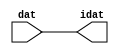

//------> /package/eda/mg/Catapult_10.3d/Mgc_home/pkgs/siflibs/ccs_in_v1.v 
//------------------------------------------------------------------------------
// Catapult Synthesis - Sample I/O Port Library
//
// Copyright (c) 2003-2017 Mentor Graphics Corp.
//       All Rights Reserved
//
// This document may be used and distributed without restriction provided that
// this copyright statement is not removed from the file and that any derivative
// work contains this copyright notice.
//
// The design information contained in this file is intended to be an example
// of the functionality which the end user may study in preparation for creating
// their own custom interfaces. This design does not necessarily present a 
// complete implementation of the named protocol or standard.
//
//------------------------------------------------------------------------------


module ccs_in_v1 (idat, dat);

  parameter integer rscid = 1;
  parameter integer width = 8;

  output [width-1:0] idat;
  input  [width-1:0] dat;

  wire   [width-1:0] idat;

  assign idat = dat;

endmodule


//------> /package/eda/mg/Catapult_10.3d/Mgc_home/pkgs/siflibs/ccs_out_v1.v 
//------------------------------------------------------------------------------
// Catapult Synthesis - Sample I/O Port Library
//
// Copyright (c) 2003-2015 Mentor Graphics Corp.
//       All Rights Reserved
//
// This document may be used and distributed without restriction provided that
// this copyright statement is not removed from the file and that any derivative
// work contains this copyright notice.
//
// The design information contained in this file is intended to be an example
// of the functionality which the end user may study in preparation for creating
// their own custom interfaces. This design does not necessarily present a 
// complete implementation of the named protocol or standard.
//
//------------------------------------------------------------------------------

module ccs_out_v1 (dat, idat);

  parameter integer rscid = 1;
  parameter integer width = 8;

  output   [width-1:0] dat;
  input    [width-1:0] idat;

  wire     [width-1:0] dat;

  assign dat = idat;

endmodule




//------> /package/eda/mg/Catapult_10.3d/Mgc_home/pkgs/siflibs/mgc_io_sync_v2.v 
//------------------------------------------------------------------------------
// Catapult Synthesis - Sample I/O Port Library
//
// Copyright (c) 2003-2017 Mentor Graphics Corp.
//       All Rights Reserved
//
// This document may be used and distributed without restriction provided that
// this copyright statement is not removed from the file and that any derivative
// work contains this copyright notice.
//
// The design information contained in this file is intended to be an example
// of the functionality which the end user may study in preparation for creating
// their own custom interfaces. This design does not necessarily present a 
// complete implementation of the named protocol or standard.
//
//------------------------------------------------------------------------------


module mgc_io_sync_v2 (ld, lz);
    parameter valid = 0;

    input  ld;
    output lz;

    wire   lz;

    assign lz = ld;

endmodule


//------> ./rtl.v 
// ----------------------------------------------------------------------
//  HLS HDL:        Verilog Netlister
//  HLS Version:    10.3d/815731 Production Release
//  HLS Date:       Wed Apr 24 14:54:19 PDT 2019
// 
//  Generated by:   695r48@cparch23.ecn.purdue.edu
//  Generated date: Tue Nov  9 16:03:19 2021
// ----------------------------------------------------------------------

// 
// ------------------------------------------------------------------
//  Design Unit:    fir_Altera_DIST_DIST_1R1W_RBW_rport_1_16_5_32_32_16_gen
// ------------------------------------------------------------------


module fir_Altera_DIST_DIST_1R1W_RBW_rport_1_16_5_32_32_16_gen (
  q, radr, radr_d, q_d, rport_r_ram_ir_internal_RMASK_B_d
);
  input [15:0] q;
  output [4:0] radr;
  input [4:0] radr_d;
  output [15:0] q_d;
  input rport_r_ram_ir_internal_RMASK_B_d;



  // Interconnect Declarations for Component Instantiations 
  assign q_d = q;
  assign radr = (radr_d);
endmodule

// ------------------------------------------------------------------
//  Design Unit:    fir_core_core_fsm
//  FSM Module
// ------------------------------------------------------------------


module fir_core_core_fsm (
  clk, rst, fsm_output
);
  input clk;
  input rst;
  output [37:0] fsm_output;
  reg [37:0] fsm_output;


  // FSM State Type Declaration for fir_core_core_fsm_1
  parameter
    core_rlp_C_0 = 6'd0,
    main_C_0 = 6'd1,
    main_C_1 = 6'd2,
    main_C_2 = 6'd3,
    main_C_3 = 6'd4,
    main_C_4 = 6'd5,
    main_C_5 = 6'd6,
    main_C_6 = 6'd7,
    main_C_7 = 6'd8,
    main_C_8 = 6'd9,
    main_C_9 = 6'd10,
    main_C_10 = 6'd11,
    main_C_11 = 6'd12,
    main_C_12 = 6'd13,
    main_C_13 = 6'd14,
    main_C_14 = 6'd15,
    main_C_15 = 6'd16,
    main_C_16 = 6'd17,
    main_C_17 = 6'd18,
    main_C_18 = 6'd19,
    main_C_19 = 6'd20,
    main_C_20 = 6'd21,
    main_C_21 = 6'd22,
    main_C_22 = 6'd23,
    main_C_23 = 6'd24,
    main_C_24 = 6'd25,
    main_C_25 = 6'd26,
    main_C_26 = 6'd27,
    main_C_27 = 6'd28,
    main_C_28 = 6'd29,
    main_C_29 = 6'd30,
    main_C_30 = 6'd31,
    main_C_31 = 6'd32,
    main_C_32 = 6'd33,
    main_C_33 = 6'd34,
    main_C_34 = 6'd35,
    main_C_35 = 6'd36,
    main_C_36 = 6'd37;

  reg [5:0] state_var;
  reg [5:0] state_var_NS;


  // Interconnect Declarations for Component Instantiations 
  always @(*)
  begin : fir_core_core_fsm_1
    case (state_var)
      main_C_0 : begin
        fsm_output = 38'b00000000000000000000000000000000000010;
        state_var_NS = main_C_1;
      end
      main_C_1 : begin
        fsm_output = 38'b00000000000000000000000000000000000100;
        state_var_NS = main_C_2;
      end
      main_C_2 : begin
        fsm_output = 38'b00000000000000000000000000000000001000;
        state_var_NS = main_C_3;
      end
      main_C_3 : begin
        fsm_output = 38'b00000000000000000000000000000000010000;
        state_var_NS = main_C_4;
      end
      main_C_4 : begin
        fsm_output = 38'b00000000000000000000000000000000100000;
        state_var_NS = main_C_5;
      end
      main_C_5 : begin
        fsm_output = 38'b00000000000000000000000000000001000000;
        state_var_NS = main_C_6;
      end
      main_C_6 : begin
        fsm_output = 38'b00000000000000000000000000000010000000;
        state_var_NS = main_C_7;
      end
      main_C_7 : begin
        fsm_output = 38'b00000000000000000000000000000100000000;
        state_var_NS = main_C_8;
      end
      main_C_8 : begin
        fsm_output = 38'b00000000000000000000000000001000000000;
        state_var_NS = main_C_9;
      end
      main_C_9 : begin
        fsm_output = 38'b00000000000000000000000000010000000000;
        state_var_NS = main_C_10;
      end
      main_C_10 : begin
        fsm_output = 38'b00000000000000000000000000100000000000;
        state_var_NS = main_C_11;
      end
      main_C_11 : begin
        fsm_output = 38'b00000000000000000000000001000000000000;
        state_var_NS = main_C_12;
      end
      main_C_12 : begin
        fsm_output = 38'b00000000000000000000000010000000000000;
        state_var_NS = main_C_13;
      end
      main_C_13 : begin
        fsm_output = 38'b00000000000000000000000100000000000000;
        state_var_NS = main_C_14;
      end
      main_C_14 : begin
        fsm_output = 38'b00000000000000000000001000000000000000;
        state_var_NS = main_C_15;
      end
      main_C_15 : begin
        fsm_output = 38'b00000000000000000000010000000000000000;
        state_var_NS = main_C_16;
      end
      main_C_16 : begin
        fsm_output = 38'b00000000000000000000100000000000000000;
        state_var_NS = main_C_17;
      end
      main_C_17 : begin
        fsm_output = 38'b00000000000000000001000000000000000000;
        state_var_NS = main_C_18;
      end
      main_C_18 : begin
        fsm_output = 38'b00000000000000000010000000000000000000;
        state_var_NS = main_C_19;
      end
      main_C_19 : begin
        fsm_output = 38'b00000000000000000100000000000000000000;
        state_var_NS = main_C_20;
      end
      main_C_20 : begin
        fsm_output = 38'b00000000000000001000000000000000000000;
        state_var_NS = main_C_21;
      end
      main_C_21 : begin
        fsm_output = 38'b00000000000000010000000000000000000000;
        state_var_NS = main_C_22;
      end
      main_C_22 : begin
        fsm_output = 38'b00000000000000100000000000000000000000;
        state_var_NS = main_C_23;
      end
      main_C_23 : begin
        fsm_output = 38'b00000000000001000000000000000000000000;
        state_var_NS = main_C_24;
      end
      main_C_24 : begin
        fsm_output = 38'b00000000000010000000000000000000000000;
        state_var_NS = main_C_25;
      end
      main_C_25 : begin
        fsm_output = 38'b00000000000100000000000000000000000000;
        state_var_NS = main_C_26;
      end
      main_C_26 : begin
        fsm_output = 38'b00000000001000000000000000000000000000;
        state_var_NS = main_C_27;
      end
      main_C_27 : begin
        fsm_output = 38'b00000000010000000000000000000000000000;
        state_var_NS = main_C_28;
      end
      main_C_28 : begin
        fsm_output = 38'b00000000100000000000000000000000000000;
        state_var_NS = main_C_29;
      end
      main_C_29 : begin
        fsm_output = 38'b00000001000000000000000000000000000000;
        state_var_NS = main_C_30;
      end
      main_C_30 : begin
        fsm_output = 38'b00000010000000000000000000000000000000;
        state_var_NS = main_C_31;
      end
      main_C_31 : begin
        fsm_output = 38'b00000100000000000000000000000000000000;
        state_var_NS = main_C_32;
      end
      main_C_32 : begin
        fsm_output = 38'b00001000000000000000000000000000000000;
        state_var_NS = main_C_33;
      end
      main_C_33 : begin
        fsm_output = 38'b00010000000000000000000000000000000000;
        state_var_NS = main_C_34;
      end
      main_C_34 : begin
        fsm_output = 38'b00100000000000000000000000000000000000;
        state_var_NS = main_C_35;
      end
      main_C_35 : begin
        fsm_output = 38'b01000000000000000000000000000000000000;
        state_var_NS = main_C_36;
      end
      main_C_36 : begin
        fsm_output = 38'b10000000000000000000000000000000000000;
        state_var_NS = main_C_0;
      end
      // core_rlp_C_0
      default : begin
        fsm_output = 38'b00000000000000000000000000000000000001;
        state_var_NS = main_C_0;
      end
    endcase
  end

  always @(posedge clk) begin
    if ( rst ) begin
      state_var <= core_rlp_C_0;
    end
    else begin
      state_var <= state_var_NS;
    end
  end

endmodule

// ------------------------------------------------------------------
//  Design Unit:    fir_core
// ------------------------------------------------------------------


module fir_core (
  clk, rst, coeffs_rsc_triosy_lz, in1_rsc_dat, in1_rsc_triosy_lz, out1_rsc_dat, out1_rsc_triosy_lz,
      coeffs_rsci_radr_d, coeffs_rsci_q_d, coeffs_rsci_rport_r_ram_ir_internal_RMASK_B_d
);
  input clk;
  input rst;
  output coeffs_rsc_triosy_lz;
  input [15:0] in1_rsc_dat;
  output in1_rsc_triosy_lz;
  output [15:0] out1_rsc_dat;
  output out1_rsc_triosy_lz;
  output [4:0] coeffs_rsci_radr_d;
  input [15:0] coeffs_rsci_q_d;
  output coeffs_rsci_rport_r_ram_ir_internal_RMASK_B_d;


  // Interconnect Declarations
  wire [15:0] in1_rsci_idat;
  reg [15:0] out1_rsci_idat;
  reg coeffs_rsc_triosy_obj_ld;
  reg in1_rsc_triosy_obj_ld;
  reg out1_rsc_triosy_obj_ld;
  wire [37:0] fsm_output;
  reg [15:0] reg_MAC_asn_89_cse;
  reg [15:0] reg_MAC_asn_88_cse;
  reg [15:0] reg_MAC_asn_87_cse;
  reg [15:0] reg_MAC_asn_86_cse;
  reg [15:0] reg_MAC_asn_85_cse;
  reg [15:0] reg_MAC_asn_84_cse;
  reg [15:0] reg_MAC_asn_83_cse;
  reg [15:0] reg_MAC_asn_82_cse;
  reg [15:0] reg_MAC_asn_81_cse;
  reg [15:0] reg_MAC_asn_80_cse;
  reg [15:0] reg_MAC_asn_79_cse;
  reg [15:0] reg_MAC_asn_78_cse;
  reg [15:0] reg_MAC_asn_77_cse;
  reg [15:0] reg_MAC_asn_76_cse;
  reg [15:0] reg_MAC_asn_75_cse;
  reg [15:0] reg_MAC_asn_74_cse;
  reg [15:0] reg_MAC_asn_73_cse;
  reg [15:0] reg_MAC_asn_72_cse;
  reg [15:0] reg_MAC_asn_71_cse;
  reg [15:0] reg_MAC_asn_70_cse;
  reg [15:0] reg_MAC_asn_69_cse;
  reg [15:0] reg_MAC_asn_68_cse;
  reg [15:0] reg_MAC_asn_67_cse;
  reg [15:0] reg_MAC_asn_66_cse;
  reg [15:0] reg_MAC_asn_65_cse;
  reg [15:0] reg_MAC_asn_64_cse;
  reg [15:0] reg_MAC_asn_63_cse;
  wire [29:0] z_out;
  wire [30:0] nl_z_out;
  reg [15:0] regs_3_sva;
  reg [15:0] regs_2_sva;
  reg [15:0] regs_0_sva;
  reg [15:0] asn_ncse_sva;
  reg [15:0] MAC_asn_62_itm;
  reg [29:0] MAC_10_mul_itm;
  reg [29:0] MAC_11_mul_itm;
  reg [29:0] MAC_acc_10_itm;
  reg [29:0] MAC_acc_22_itm;
  reg [29:0] MAC_acc_28_itm;
  reg [15:0] MAC_asn_90_itm;
  reg [29:0] MAC_acc_itm;
  wire [29:0] MAC_acc_28_itm_mx0w17;
  wire [30:0] nl_MAC_acc_28_itm_mx0w17;
  wire [29:0] MAC_acc_18_itm_mx0w0;
  wire [30:0] nl_MAC_acc_18_itm_mx0w0;
  wire [29:0] MAC_acc_23_mx0w1;
  wire [30:0] nl_MAC_acc_23_mx0w1;
  wire MAC_acc_10_itm_mx0c1;
  wire MAC_acc_22_itm_mx0c2;

  wire[29:0] MAC_32_acc_1_nl;
  wire[30:0] nl_MAC_32_acc_1_nl;
  wire[29:0] MAC_32_mul_nl;
  wire signed [31:0] nl_MAC_32_mul_nl;
  wire[29:0] MAC_30_mul_nl;
  wire signed [31:0] nl_MAC_30_mul_nl;
  wire[29:0] MAC_28_mul_nl;
  wire signed [31:0] nl_MAC_28_mul_nl;
  wire[29:0] MAC_26_mul_nl;
  wire signed [31:0] nl_MAC_26_mul_nl;
  wire[29:0] MAC_24_mul_nl;
  wire signed [31:0] nl_MAC_24_mul_nl;
  wire[29:0] MAC_22_mul_nl;
  wire signed [31:0] nl_MAC_22_mul_nl;
  wire[29:0] MAC_20_mul_nl;
  wire signed [31:0] nl_MAC_20_mul_nl;
  wire[29:0] MAC_18_mul_nl;
  wire signed [31:0] nl_MAC_18_mul_nl;
  wire[29:0] MAC_16_mul_nl;
  wire signed [31:0] nl_MAC_16_mul_nl;
  wire[29:0] MAC_14_mul_nl;
  wire signed [31:0] nl_MAC_14_mul_nl;
  wire[29:0] MAC_12_mul_nl;
  wire signed [31:0] nl_MAC_12_mul_nl;
  wire[29:0] MAC_10_mul_nl;
  wire signed [31:0] nl_MAC_10_mul_nl;
  wire[29:0] MAC_8_mul_nl;
  wire signed [31:0] nl_MAC_8_mul_nl;
  wire[29:0] MAC_6_mul_nl;
  wire signed [31:0] nl_MAC_6_mul_nl;
  wire[29:0] MAC_4_mul_nl;
  wire signed [31:0] nl_MAC_4_mul_nl;
  wire[29:0] MAC_2_mul_nl;
  wire signed [31:0] nl_MAC_2_mul_nl;
  wire[29:0] MAC_31_mul_nl;
  wire signed [31:0] nl_MAC_31_mul_nl;
  wire[29:0] MAC_29_mul_nl;
  wire signed [31:0] nl_MAC_29_mul_nl;
  wire[29:0] MAC_27_mul_nl;
  wire signed [31:0] nl_MAC_27_mul_nl;
  wire[29:0] MAC_25_mul_nl;
  wire signed [31:0] nl_MAC_25_mul_nl;
  wire[29:0] MAC_23_mul_nl;
  wire signed [31:0] nl_MAC_23_mul_nl;
  wire[29:0] MAC_21_mul_nl;
  wire signed [31:0] nl_MAC_21_mul_nl;
  wire[29:0] MAC_19_mul_nl;
  wire signed [31:0] nl_MAC_19_mul_nl;
  wire[29:0] MAC_17_mul_nl;
  wire signed [31:0] nl_MAC_17_mul_nl;
  wire[29:0] MAC_acc_27_nl;
  wire[30:0] nl_MAC_acc_27_nl;
  wire[29:0] MAC_acc_21_nl;
  wire[30:0] nl_MAC_acc_21_nl;
  wire[29:0] MAC_15_mul_nl;
  wire signed [31:0] nl_MAC_15_mul_nl;
  wire[29:0] MAC_13_mul_nl;
  wire signed [31:0] nl_MAC_13_mul_nl;
  wire[29:0] MAC_11_mul_nl;
  wire signed [31:0] nl_MAC_11_mul_nl;
  wire[29:0] MAC_9_mul_nl;
  wire signed [31:0] nl_MAC_9_mul_nl;
  wire[29:0] MAC_7_mul_nl;
  wire signed [31:0] nl_MAC_7_mul_nl;
  wire[29:0] MAC_5_mul_nl;
  wire signed [31:0] nl_MAC_5_mul_nl;
  wire[29:0] MAC_3_mul_nl;
  wire signed [31:0] nl_MAC_3_mul_nl;
  wire[29:0] MAC_1_mul_nl;
  wire signed [31:0] nl_MAC_1_mul_nl;
  wire[29:0] MAC_acc_30_nl;
  wire[30:0] nl_MAC_acc_30_nl;
  wire[4:0] and_nl;
  wire[4:0] mux1h_nl;
  wire[0:0] coeffs_nor_nl;
  wire[29:0] MAC_mux_3_nl;
  wire[29:0] MAC_mux_4_nl;
  wire[0:0] MAC_or_9_nl;

  // Interconnect Declarations for Component Instantiations 
  ccs_in_v1 #(.rscid(32'sd2),
  .width(32'sd16)) in1_rsci (
      .dat(in1_rsc_dat),
      .idat(in1_rsci_idat)
    );
  ccs_out_v1 #(.rscid(32'sd3),
  .width(32'sd16)) out1_rsci (
      .idat(out1_rsci_idat),
      .dat(out1_rsc_dat)
    );
  mgc_io_sync_v2 #(.valid(32'sd0)) coeffs_rsc_triosy_obj (
      .ld(coeffs_rsc_triosy_obj_ld),
      .lz(coeffs_rsc_triosy_lz)
    );
  mgc_io_sync_v2 #(.valid(32'sd0)) in1_rsc_triosy_obj (
      .ld(in1_rsc_triosy_obj_ld),
      .lz(in1_rsc_triosy_lz)
    );
  mgc_io_sync_v2 #(.valid(32'sd0)) out1_rsc_triosy_obj (
      .ld(out1_rsc_triosy_obj_ld),
      .lz(out1_rsc_triosy_lz)
    );
  fir_core_core_fsm fir_core_core_fsm_inst (
      .clk(clk),
      .rst(rst),
      .fsm_output(fsm_output)
    );
  assign nl_MAC_acc_28_itm_mx0w17 = MAC_acc_23_mx0w1 + MAC_acc_22_itm;
  assign MAC_acc_28_itm_mx0w17 = nl_MAC_acc_28_itm_mx0w17[29:0];
  assign nl_MAC_acc_18_itm_mx0w0 = MAC_11_mul_itm + MAC_10_mul_itm;
  assign MAC_acc_18_itm_mx0w0 = nl_MAC_acc_18_itm_mx0w0[29:0];
  assign nl_MAC_acc_23_mx0w1 = MAC_acc_18_itm_mx0w0 + MAC_acc_10_itm;
  assign MAC_acc_23_mx0w1 = nl_MAC_acc_23_mx0w1[29:0];
  assign MAC_acc_10_itm_mx0c1 = (fsm_output[14]) | (fsm_output[6]);
  assign MAC_acc_22_itm_mx0c2 = (fsm_output[30]) | (fsm_output[22]);
  assign mux1h_nl = MUX1HOT_v_5_30_2(5'b11110, 5'b11101, 5'b11100, 5'b11011, 5'b11010,
      5'b11001, 5'b11000, 5'b10111, 5'b10110, 5'b10101, 5'b10100, 5'b10011, 5'b10010,
      5'b10001, 5'b10000, 5'b01111, 5'b01110, 5'b01101, 5'b01100, 5'b01011, 5'b01010,
      5'b01001, 5'b01000, 5'b00111, 5'b00110, 5'b00101, 5'b00100, 5'b00011, 5'b00010,
      5'b00001, {(fsm_output[2]) , (fsm_output[3]) , (fsm_output[4]) , (fsm_output[5])
      , (fsm_output[6]) , (fsm_output[7]) , (fsm_output[8]) , (fsm_output[9]) , (fsm_output[10])
      , (fsm_output[11]) , (fsm_output[12]) , (fsm_output[13]) , (fsm_output[14])
      , (fsm_output[15]) , (fsm_output[16]) , (fsm_output[17]) , (fsm_output[18])
      , (fsm_output[19]) , (fsm_output[20]) , (fsm_output[21]) , (fsm_output[22])
      , (fsm_output[23]) , (fsm_output[24]) , (fsm_output[25]) , (fsm_output[26])
      , (fsm_output[27]) , (fsm_output[28]) , (fsm_output[29]) , (fsm_output[30])
      , (fsm_output[31])});
  assign coeffs_nor_nl = ~((fsm_output[36]) | (fsm_output[0]) | (fsm_output[33])
      | (fsm_output[34]) | (fsm_output[35]) | (fsm_output[37]) | (fsm_output[32]));
  assign and_nl = MUX_v_5_2_2(5'b00000, (mux1h_nl), (coeffs_nor_nl));
  assign coeffs_rsci_radr_d = MUX_v_5_2_2((and_nl), 5'b11111, (fsm_output[1]));
  assign coeffs_rsci_rport_r_ram_ir_internal_RMASK_B_d = ~((fsm_output[36]) | (fsm_output[0])
      | (fsm_output[33]) | (fsm_output[34]) | (fsm_output[35]) | (fsm_output[37]));
  always @(posedge clk) begin
    if ( rst ) begin
      out1_rsc_triosy_obj_ld <= 1'b0;
      in1_rsc_triosy_obj_ld <= 1'b0;
      coeffs_rsc_triosy_obj_ld <= 1'b0;
      MAC_11_mul_itm <= 30'b000000000000000000000000000000;
    end
    else begin
      out1_rsc_triosy_obj_ld <= fsm_output[35];
      in1_rsc_triosy_obj_ld <= fsm_output[1];
      coeffs_rsc_triosy_obj_ld <= fsm_output[32];
      MAC_11_mul_itm <= MUX1HOT_v_30_18_2((MAC_31_mul_nl), (MAC_29_mul_nl), (MAC_27_mul_nl),
          (MAC_25_mul_nl), (MAC_23_mul_nl), (MAC_21_mul_nl), (MAC_19_mul_nl), (MAC_17_mul_nl),
          (MAC_acc_27_nl), (MAC_15_mul_nl), (MAC_13_mul_nl), (MAC_11_mul_nl), (MAC_9_mul_nl),
          (MAC_7_mul_nl), (MAC_5_mul_nl), (MAC_3_mul_nl), (MAC_1_mul_nl), MAC_acc_28_itm_mx0w17,
          {(fsm_output[3]) , (fsm_output[5]) , (fsm_output[7]) , (fsm_output[9])
          , (fsm_output[11]) , (fsm_output[13]) , (fsm_output[15]) , (fsm_output[17])
          , (fsm_output[18]) , (fsm_output[19]) , (fsm_output[21]) , (fsm_output[23])
          , (fsm_output[25]) , (fsm_output[27]) , (fsm_output[29]) , (fsm_output[31])
          , (fsm_output[33]) , (fsm_output[34])});
    end
  end
  always @(posedge clk) begin
    if ( rst ) begin
      out1_rsci_idat <= 16'b0000000000000000;
    end
    else if ( fsm_output[35] ) begin
      out1_rsci_idat <= readslicef_30_16_14((MAC_32_acc_1_nl));
    end
  end
  always @(posedge clk) begin
    if ( rst ) begin
      regs_0_sva <= 16'b0000000000000000;
    end
    else if ( fsm_output[33] ) begin
      regs_0_sva <= asn_ncse_sva;
    end
  end
  always @(posedge clk) begin
    if ( rst ) begin
      regs_2_sva <= 16'b0000000000000000;
    end
    else if ( fsm_output[37] ) begin
      regs_2_sva <= MAC_asn_62_itm;
    end
  end
  always @(posedge clk) begin
    if ( rst ) begin
      MAC_asn_62_itm <= 16'b0000000000000000;
    end
    else if ( (fsm_output[37]) | (fsm_output[32]) ) begin
      MAC_asn_62_itm <= MUX_v_16_2_2(regs_0_sva, regs_2_sva, fsm_output[37]);
    end
  end
  always @(posedge clk) begin
    if ( rst ) begin
      reg_MAC_asn_63_cse <= 16'b0000000000000000;
    end
    else if ( fsm_output[37] ) begin
      reg_MAC_asn_63_cse <= regs_3_sva;
    end
  end
  always @(posedge clk) begin
    if ( rst ) begin
      reg_MAC_asn_64_cse <= 16'b0000000000000000;
    end
    else if ( fsm_output[37] ) begin
      reg_MAC_asn_64_cse <= reg_MAC_asn_63_cse;
    end
  end
  always @(posedge clk) begin
    if ( rst ) begin
      reg_MAC_asn_65_cse <= 16'b0000000000000000;
    end
    else if ( fsm_output[37] ) begin
      reg_MAC_asn_65_cse <= reg_MAC_asn_64_cse;
    end
  end
  always @(posedge clk) begin
    if ( rst ) begin
      reg_MAC_asn_66_cse <= 16'b0000000000000000;
    end
    else if ( fsm_output[37] ) begin
      reg_MAC_asn_66_cse <= reg_MAC_asn_65_cse;
    end
  end
  always @(posedge clk) begin
    if ( rst ) begin
      reg_MAC_asn_67_cse <= 16'b0000000000000000;
    end
    else if ( fsm_output[37] ) begin
      reg_MAC_asn_67_cse <= reg_MAC_asn_66_cse;
    end
  end
  always @(posedge clk) begin
    if ( rst ) begin
      reg_MAC_asn_68_cse <= 16'b0000000000000000;
    end
    else if ( fsm_output[37] ) begin
      reg_MAC_asn_68_cse <= reg_MAC_asn_67_cse;
    end
  end
  always @(posedge clk) begin
    if ( rst ) begin
      reg_MAC_asn_69_cse <= 16'b0000000000000000;
    end
    else if ( fsm_output[37] ) begin
      reg_MAC_asn_69_cse <= reg_MAC_asn_68_cse;
    end
  end
  always @(posedge clk) begin
    if ( rst ) begin
      reg_MAC_asn_70_cse <= 16'b0000000000000000;
    end
    else if ( fsm_output[37] ) begin
      reg_MAC_asn_70_cse <= reg_MAC_asn_69_cse;
    end
  end
  always @(posedge clk) begin
    if ( rst ) begin
      reg_MAC_asn_71_cse <= 16'b0000000000000000;
    end
    else if ( fsm_output[37] ) begin
      reg_MAC_asn_71_cse <= reg_MAC_asn_70_cse;
    end
  end
  always @(posedge clk) begin
    if ( rst ) begin
      reg_MAC_asn_72_cse <= 16'b0000000000000000;
    end
    else if ( fsm_output[37] ) begin
      reg_MAC_asn_72_cse <= reg_MAC_asn_71_cse;
    end
  end
  always @(posedge clk) begin
    if ( rst ) begin
      reg_MAC_asn_73_cse <= 16'b0000000000000000;
    end
    else if ( fsm_output[37] ) begin
      reg_MAC_asn_73_cse <= reg_MAC_asn_72_cse;
    end
  end
  always @(posedge clk) begin
    if ( rst ) begin
      reg_MAC_asn_74_cse <= 16'b0000000000000000;
    end
    else if ( fsm_output[37] ) begin
      reg_MAC_asn_74_cse <= reg_MAC_asn_73_cse;
    end
  end
  always @(posedge clk) begin
    if ( rst ) begin
      reg_MAC_asn_75_cse <= 16'b0000000000000000;
    end
    else if ( fsm_output[37] ) begin
      reg_MAC_asn_75_cse <= reg_MAC_asn_74_cse;
    end
  end
  always @(posedge clk) begin
    if ( rst ) begin
      reg_MAC_asn_76_cse <= 16'b0000000000000000;
    end
    else if ( fsm_output[37] ) begin
      reg_MAC_asn_76_cse <= reg_MAC_asn_75_cse;
    end
  end
  always @(posedge clk) begin
    if ( rst ) begin
      reg_MAC_asn_77_cse <= 16'b0000000000000000;
    end
    else if ( fsm_output[37] ) begin
      reg_MAC_asn_77_cse <= reg_MAC_asn_76_cse;
    end
  end
  always @(posedge clk) begin
    if ( rst ) begin
      reg_MAC_asn_78_cse <= 16'b0000000000000000;
    end
    else if ( fsm_output[37] ) begin
      reg_MAC_asn_78_cse <= reg_MAC_asn_77_cse;
    end
  end
  always @(posedge clk) begin
    if ( rst ) begin
      reg_MAC_asn_79_cse <= 16'b0000000000000000;
    end
    else if ( fsm_output[37] ) begin
      reg_MAC_asn_79_cse <= reg_MAC_asn_78_cse;
    end
  end
  always @(posedge clk) begin
    if ( rst ) begin
      reg_MAC_asn_80_cse <= 16'b0000000000000000;
    end
    else if ( fsm_output[37] ) begin
      reg_MAC_asn_80_cse <= reg_MAC_asn_79_cse;
    end
  end
  always @(posedge clk) begin
    if ( rst ) begin
      reg_MAC_asn_81_cse <= 16'b0000000000000000;
    end
    else if ( fsm_output[37] ) begin
      reg_MAC_asn_81_cse <= reg_MAC_asn_80_cse;
    end
  end
  always @(posedge clk) begin
    if ( rst ) begin
      reg_MAC_asn_82_cse <= 16'b0000000000000000;
    end
    else if ( fsm_output[37] ) begin
      reg_MAC_asn_82_cse <= reg_MAC_asn_81_cse;
    end
  end
  always @(posedge clk) begin
    if ( rst ) begin
      reg_MAC_asn_83_cse <= 16'b0000000000000000;
    end
    else if ( fsm_output[37] ) begin
      reg_MAC_asn_83_cse <= reg_MAC_asn_82_cse;
    end
  end
  always @(posedge clk) begin
    if ( rst ) begin
      reg_MAC_asn_84_cse <= 16'b0000000000000000;
    end
    else if ( fsm_output[37] ) begin
      reg_MAC_asn_84_cse <= reg_MAC_asn_83_cse;
    end
  end
  always @(posedge clk) begin
    if ( rst ) begin
      reg_MAC_asn_85_cse <= 16'b0000000000000000;
    end
    else if ( fsm_output[37] ) begin
      reg_MAC_asn_85_cse <= reg_MAC_asn_84_cse;
    end
  end
  always @(posedge clk) begin
    if ( rst ) begin
      reg_MAC_asn_86_cse <= 16'b0000000000000000;
    end
    else if ( fsm_output[37] ) begin
      reg_MAC_asn_86_cse <= reg_MAC_asn_85_cse;
    end
  end
  always @(posedge clk) begin
    if ( rst ) begin
      reg_MAC_asn_87_cse <= 16'b0000000000000000;
    end
    else if ( fsm_output[37] ) begin
      reg_MAC_asn_87_cse <= reg_MAC_asn_86_cse;
    end
  end
  always @(posedge clk) begin
    if ( rst ) begin
      reg_MAC_asn_88_cse <= 16'b0000000000000000;
    end
    else if ( fsm_output[37] ) begin
      reg_MAC_asn_88_cse <= reg_MAC_asn_87_cse;
    end
  end
  always @(posedge clk) begin
    if ( rst ) begin
      reg_MAC_asn_89_cse <= 16'b0000000000000000;
    end
    else if ( fsm_output[37] ) begin
      reg_MAC_asn_89_cse <= reg_MAC_asn_88_cse;
    end
  end
  always @(posedge clk) begin
    if ( rst ) begin
      MAC_asn_90_itm <= 16'b0000000000000000;
    end
    else if ( fsm_output[37] ) begin
      MAC_asn_90_itm <= reg_MAC_asn_89_cse;
    end
  end
  always @(posedge clk) begin
    if ( rst ) begin
      regs_3_sva <= 16'b0000000000000000;
    end
    else if ( fsm_output[37] ) begin
      regs_3_sva <= regs_2_sva;
    end
  end
  always @(posedge clk) begin
    if ( rst ) begin
      asn_ncse_sva <= 16'b0000000000000000;
    end
    else if ( fsm_output[1] ) begin
      asn_ncse_sva <= in1_rsci_idat;
    end
  end
  always @(posedge clk) begin
    if ( rst ) begin
      MAC_10_mul_itm <= 30'b000000000000000000000000000000;
    end
    else if ( (fsm_output[18]) | (fsm_output[30]) | (fsm_output[26]) | (fsm_output[2])
        | (fsm_output[4]) | (fsm_output[10]) | (fsm_output[16]) | (fsm_output[14])
        | (fsm_output[6]) | (fsm_output[8]) | (fsm_output[12]) | (fsm_output[20])
        | (fsm_output[22]) | (fsm_output[24]) | (fsm_output[28]) | (fsm_output[32])
        ) begin
      MAC_10_mul_itm <= MUX1HOT_v_30_16_2((MAC_32_mul_nl), (MAC_30_mul_nl), (MAC_28_mul_nl),
          (MAC_26_mul_nl), (MAC_24_mul_nl), (MAC_22_mul_nl), (MAC_20_mul_nl), (MAC_18_mul_nl),
          (MAC_16_mul_nl), (MAC_14_mul_nl), (MAC_12_mul_nl), (MAC_10_mul_nl), (MAC_8_mul_nl),
          (MAC_6_mul_nl), (MAC_4_mul_nl), (MAC_2_mul_nl), {(fsm_output[2]) , (fsm_output[4])
          , (fsm_output[6]) , (fsm_output[8]) , (fsm_output[10]) , (fsm_output[12])
          , (fsm_output[14]) , (fsm_output[16]) , (fsm_output[18]) , (fsm_output[20])
          , (fsm_output[22]) , (fsm_output[24]) , (fsm_output[26]) , (fsm_output[28])
          , (fsm_output[30]) , (fsm_output[32])});
    end
  end
  always @(posedge clk) begin
    if ( rst ) begin
      MAC_acc_10_itm <= 30'b000000000000000000000000000000;
    end
    else if ( (fsm_output[28]) | (fsm_output[24]) | (fsm_output[20]) | (fsm_output[12])
        | (fsm_output[4]) | (fsm_output[32]) | MAC_acc_10_itm_mx0c1 ) begin
      MAC_acc_10_itm <= MUX_v_30_2_2(MAC_acc_18_itm_mx0w0, MAC_acc_23_mx0w1, MAC_acc_10_itm_mx0c1);
    end
  end
  always @(posedge clk) begin
    if ( rst ) begin
      MAC_acc_22_itm <= 30'b000000000000000000000000000000;
    end
    else if ( (fsm_output[8]) | (fsm_output[10]) | MAC_acc_22_itm_mx0c2 ) begin
      MAC_acc_22_itm <= MUX1HOT_v_30_3_2(MAC_acc_18_itm_mx0w0, (MAC_acc_30_nl), MAC_acc_23_mx0w1,
          {(fsm_output[8]) , (fsm_output[10]) , MAC_acc_22_itm_mx0c2});
    end
  end
  always @(posedge clk) begin
    if ( rst ) begin
      MAC_acc_28_itm <= 30'b000000000000000000000000000000;
    end
    else if ( (fsm_output[26]) | (fsm_output[16]) ) begin
      MAC_acc_28_itm <= MUX_v_30_2_2(MAC_acc_18_itm_mx0w0, MAC_acc_28_itm_mx0w17,
          fsm_output[26]);
    end
  end
  always @(posedge clk) begin
    if ( rst ) begin
      MAC_acc_itm <= 30'b000000000000000000000000000000;
    end
    else if ( fsm_output[19] ) begin
      MAC_acc_itm <= z_out;
    end
  end
  assign nl_MAC_31_mul_nl = $signed(reg_MAC_asn_89_cse) * $signed((coeffs_rsci_q_d));
  assign MAC_31_mul_nl = nl_MAC_31_mul_nl[29:0];
  assign nl_MAC_29_mul_nl = $signed(reg_MAC_asn_87_cse) * $signed((coeffs_rsci_q_d));
  assign MAC_29_mul_nl = nl_MAC_29_mul_nl[29:0];
  assign nl_MAC_27_mul_nl = $signed(reg_MAC_asn_85_cse) * $signed((coeffs_rsci_q_d));
  assign MAC_27_mul_nl = nl_MAC_27_mul_nl[29:0];
  assign nl_MAC_25_mul_nl = $signed(reg_MAC_asn_83_cse) * $signed((coeffs_rsci_q_d));
  assign MAC_25_mul_nl = nl_MAC_25_mul_nl[29:0];
  assign nl_MAC_23_mul_nl = $signed(reg_MAC_asn_81_cse) * $signed((coeffs_rsci_q_d));
  assign MAC_23_mul_nl = nl_MAC_23_mul_nl[29:0];
  assign nl_MAC_21_mul_nl = $signed(reg_MAC_asn_79_cse) * $signed((coeffs_rsci_q_d));
  assign MAC_21_mul_nl = nl_MAC_21_mul_nl[29:0];
  assign nl_MAC_19_mul_nl = $signed(reg_MAC_asn_77_cse) * $signed((coeffs_rsci_q_d));
  assign MAC_19_mul_nl = nl_MAC_19_mul_nl[29:0];
  assign nl_MAC_17_mul_nl = $signed(reg_MAC_asn_75_cse) * $signed((coeffs_rsci_q_d));
  assign MAC_17_mul_nl = nl_MAC_17_mul_nl[29:0];
  assign nl_MAC_acc_21_nl = MAC_acc_18_itm_mx0w0 + MAC_acc_28_itm;
  assign MAC_acc_21_nl = nl_MAC_acc_21_nl[29:0];
  assign nl_MAC_acc_27_nl = (MAC_acc_21_nl) + MAC_acc_10_itm;
  assign MAC_acc_27_nl = nl_MAC_acc_27_nl[29:0];
  assign nl_MAC_15_mul_nl = $signed(reg_MAC_asn_73_cse) * $signed((coeffs_rsci_q_d));
  assign MAC_15_mul_nl = nl_MAC_15_mul_nl[29:0];
  assign nl_MAC_13_mul_nl = $signed(reg_MAC_asn_71_cse) * $signed((coeffs_rsci_q_d));
  assign MAC_13_mul_nl = nl_MAC_13_mul_nl[29:0];
  assign nl_MAC_11_mul_nl = $signed(reg_MAC_asn_69_cse) * $signed((coeffs_rsci_q_d));
  assign MAC_11_mul_nl = nl_MAC_11_mul_nl[29:0];
  assign nl_MAC_9_mul_nl = $signed(reg_MAC_asn_67_cse) * $signed((coeffs_rsci_q_d));
  assign MAC_9_mul_nl = nl_MAC_9_mul_nl[29:0];
  assign nl_MAC_7_mul_nl = $signed(reg_MAC_asn_65_cse) * $signed((coeffs_rsci_q_d));
  assign MAC_7_mul_nl = nl_MAC_7_mul_nl[29:0];
  assign nl_MAC_5_mul_nl = $signed(reg_MAC_asn_63_cse) * $signed((coeffs_rsci_q_d));
  assign MAC_5_mul_nl = nl_MAC_5_mul_nl[29:0];
  assign nl_MAC_3_mul_nl = $signed(regs_2_sva) * $signed((coeffs_rsci_q_d));
  assign MAC_3_mul_nl = nl_MAC_3_mul_nl[29:0];
  assign nl_MAC_1_mul_nl = $signed(asn_ncse_sva) * $signed((coeffs_rsci_q_d));
  assign MAC_1_mul_nl = nl_MAC_1_mul_nl[29:0];
  assign nl_MAC_32_acc_1_nl = z_out + MAC_acc_itm;
  assign MAC_32_acc_1_nl = nl_MAC_32_acc_1_nl[29:0];
  assign nl_MAC_32_mul_nl = $signed(MAC_asn_90_itm) * $signed((coeffs_rsci_q_d));
  assign MAC_32_mul_nl = nl_MAC_32_mul_nl[29:0];
  assign nl_MAC_30_mul_nl = $signed(reg_MAC_asn_88_cse) * $signed((coeffs_rsci_q_d));
  assign MAC_30_mul_nl = nl_MAC_30_mul_nl[29:0];
  assign nl_MAC_28_mul_nl = $signed(reg_MAC_asn_86_cse) * $signed((coeffs_rsci_q_d));
  assign MAC_28_mul_nl = nl_MAC_28_mul_nl[29:0];
  assign nl_MAC_26_mul_nl = $signed(reg_MAC_asn_84_cse) * $signed((coeffs_rsci_q_d));
  assign MAC_26_mul_nl = nl_MAC_26_mul_nl[29:0];
  assign nl_MAC_24_mul_nl = $signed(reg_MAC_asn_82_cse) * $signed((coeffs_rsci_q_d));
  assign MAC_24_mul_nl = nl_MAC_24_mul_nl[29:0];
  assign nl_MAC_22_mul_nl = $signed(reg_MAC_asn_80_cse) * $signed((coeffs_rsci_q_d));
  assign MAC_22_mul_nl = nl_MAC_22_mul_nl[29:0];
  assign nl_MAC_20_mul_nl = $signed(reg_MAC_asn_78_cse) * $signed((coeffs_rsci_q_d));
  assign MAC_20_mul_nl = nl_MAC_20_mul_nl[29:0];
  assign nl_MAC_18_mul_nl = $signed(reg_MAC_asn_76_cse) * $signed((coeffs_rsci_q_d));
  assign MAC_18_mul_nl = nl_MAC_18_mul_nl[29:0];
  assign nl_MAC_16_mul_nl = $signed(reg_MAC_asn_74_cse) * $signed((coeffs_rsci_q_d));
  assign MAC_16_mul_nl = nl_MAC_16_mul_nl[29:0];
  assign nl_MAC_14_mul_nl = $signed(reg_MAC_asn_72_cse) * $signed((coeffs_rsci_q_d));
  assign MAC_14_mul_nl = nl_MAC_14_mul_nl[29:0];
  assign nl_MAC_12_mul_nl = $signed(reg_MAC_asn_70_cse) * $signed((coeffs_rsci_q_d));
  assign MAC_12_mul_nl = nl_MAC_12_mul_nl[29:0];
  assign nl_MAC_10_mul_nl = $signed(reg_MAC_asn_68_cse) * $signed((coeffs_rsci_q_d));
  assign MAC_10_mul_nl = nl_MAC_10_mul_nl[29:0];
  assign nl_MAC_8_mul_nl = $signed(reg_MAC_asn_66_cse) * $signed((coeffs_rsci_q_d));
  assign MAC_8_mul_nl = nl_MAC_8_mul_nl[29:0];
  assign nl_MAC_6_mul_nl = $signed(reg_MAC_asn_64_cse) * $signed((coeffs_rsci_q_d));
  assign MAC_6_mul_nl = nl_MAC_6_mul_nl[29:0];
  assign nl_MAC_4_mul_nl = $signed(MAC_asn_62_itm) * $signed((coeffs_rsci_q_d));
  assign MAC_4_mul_nl = nl_MAC_4_mul_nl[29:0];
  assign nl_MAC_2_mul_nl = $signed(regs_0_sva) * $signed((coeffs_rsci_q_d));
  assign MAC_2_mul_nl = nl_MAC_2_mul_nl[29:0];
  assign nl_MAC_acc_30_nl = z_out + MAC_acc_10_itm;
  assign MAC_acc_30_nl = nl_MAC_acc_30_nl[29:0];
  assign MAC_mux_3_nl = MUX_v_30_2_2(MAC_11_mul_itm, MAC_acc_18_itm_mx0w0, fsm_output[10]);
  assign MAC_or_9_nl = (fsm_output[10]) | (fsm_output[19]);
  assign MAC_mux_4_nl = MUX_v_30_2_2(MAC_acc_28_itm, MAC_acc_22_itm, MAC_or_9_nl);
  assign nl_z_out = (MAC_mux_3_nl) + (MAC_mux_4_nl);
  assign z_out = nl_z_out[29:0];

  function automatic [29:0] MUX1HOT_v_30_16_2;
    input [29:0] input_15;
    input [29:0] input_14;
    input [29:0] input_13;
    input [29:0] input_12;
    input [29:0] input_11;
    input [29:0] input_10;
    input [29:0] input_9;
    input [29:0] input_8;
    input [29:0] input_7;
    input [29:0] input_6;
    input [29:0] input_5;
    input [29:0] input_4;
    input [29:0] input_3;
    input [29:0] input_2;
    input [29:0] input_1;
    input [29:0] input_0;
    input [15:0] sel;
    reg [29:0] result;
  begin
    result = input_0 & {30{sel[0]}};
    result = result | ( input_1 & {30{sel[1]}});
    result = result | ( input_2 & {30{sel[2]}});
    result = result | ( input_3 & {30{sel[3]}});
    result = result | ( input_4 & {30{sel[4]}});
    result = result | ( input_5 & {30{sel[5]}});
    result = result | ( input_6 & {30{sel[6]}});
    result = result | ( input_7 & {30{sel[7]}});
    result = result | ( input_8 & {30{sel[8]}});
    result = result | ( input_9 & {30{sel[9]}});
    result = result | ( input_10 & {30{sel[10]}});
    result = result | ( input_11 & {30{sel[11]}});
    result = result | ( input_12 & {30{sel[12]}});
    result = result | ( input_13 & {30{sel[13]}});
    result = result | ( input_14 & {30{sel[14]}});
    result = result | ( input_15 & {30{sel[15]}});
    MUX1HOT_v_30_16_2 = result;
  end
  endfunction


  function automatic [29:0] MUX1HOT_v_30_18_2;
    input [29:0] input_17;
    input [29:0] input_16;
    input [29:0] input_15;
    input [29:0] input_14;
    input [29:0] input_13;
    input [29:0] input_12;
    input [29:0] input_11;
    input [29:0] input_10;
    input [29:0] input_9;
    input [29:0] input_8;
    input [29:0] input_7;
    input [29:0] input_6;
    input [29:0] input_5;
    input [29:0] input_4;
    input [29:0] input_3;
    input [29:0] input_2;
    input [29:0] input_1;
    input [29:0] input_0;
    input [17:0] sel;
    reg [29:0] result;
  begin
    result = input_0 & {30{sel[0]}};
    result = result | ( input_1 & {30{sel[1]}});
    result = result | ( input_2 & {30{sel[2]}});
    result = result | ( input_3 & {30{sel[3]}});
    result = result | ( input_4 & {30{sel[4]}});
    result = result | ( input_5 & {30{sel[5]}});
    result = result | ( input_6 & {30{sel[6]}});
    result = result | ( input_7 & {30{sel[7]}});
    result = result | ( input_8 & {30{sel[8]}});
    result = result | ( input_9 & {30{sel[9]}});
    result = result | ( input_10 & {30{sel[10]}});
    result = result | ( input_11 & {30{sel[11]}});
    result = result | ( input_12 & {30{sel[12]}});
    result = result | ( input_13 & {30{sel[13]}});
    result = result | ( input_14 & {30{sel[14]}});
    result = result | ( input_15 & {30{sel[15]}});
    result = result | ( input_16 & {30{sel[16]}});
    result = result | ( input_17 & {30{sel[17]}});
    MUX1HOT_v_30_18_2 = result;
  end
  endfunction


  function automatic [29:0] MUX1HOT_v_30_3_2;
    input [29:0] input_2;
    input [29:0] input_1;
    input [29:0] input_0;
    input [2:0] sel;
    reg [29:0] result;
  begin
    result = input_0 & {30{sel[0]}};
    result = result | ( input_1 & {30{sel[1]}});
    result = result | ( input_2 & {30{sel[2]}});
    MUX1HOT_v_30_3_2 = result;
  end
  endfunction


  function automatic [4:0] MUX1HOT_v_5_30_2;
    input [4:0] input_29;
    input [4:0] input_28;
    input [4:0] input_27;
    input [4:0] input_26;
    input [4:0] input_25;
    input [4:0] input_24;
    input [4:0] input_23;
    input [4:0] input_22;
    input [4:0] input_21;
    input [4:0] input_20;
    input [4:0] input_19;
    input [4:0] input_18;
    input [4:0] input_17;
    input [4:0] input_16;
    input [4:0] input_15;
    input [4:0] input_14;
    input [4:0] input_13;
    input [4:0] input_12;
    input [4:0] input_11;
    input [4:0] input_10;
    input [4:0] input_9;
    input [4:0] input_8;
    input [4:0] input_7;
    input [4:0] input_6;
    input [4:0] input_5;
    input [4:0] input_4;
    input [4:0] input_3;
    input [4:0] input_2;
    input [4:0] input_1;
    input [4:0] input_0;
    input [29:0] sel;
    reg [4:0] result;
  begin
    result = input_0 & {5{sel[0]}};
    result = result | ( input_1 & {5{sel[1]}});
    result = result | ( input_2 & {5{sel[2]}});
    result = result | ( input_3 & {5{sel[3]}});
    result = result | ( input_4 & {5{sel[4]}});
    result = result | ( input_5 & {5{sel[5]}});
    result = result | ( input_6 & {5{sel[6]}});
    result = result | ( input_7 & {5{sel[7]}});
    result = result | ( input_8 & {5{sel[8]}});
    result = result | ( input_9 & {5{sel[9]}});
    result = result | ( input_10 & {5{sel[10]}});
    result = result | ( input_11 & {5{sel[11]}});
    result = result | ( input_12 & {5{sel[12]}});
    result = result | ( input_13 & {5{sel[13]}});
    result = result | ( input_14 & {5{sel[14]}});
    result = result | ( input_15 & {5{sel[15]}});
    result = result | ( input_16 & {5{sel[16]}});
    result = result | ( input_17 & {5{sel[17]}});
    result = result | ( input_18 & {5{sel[18]}});
    result = result | ( input_19 & {5{sel[19]}});
    result = result | ( input_20 & {5{sel[20]}});
    result = result | ( input_21 & {5{sel[21]}});
    result = result | ( input_22 & {5{sel[22]}});
    result = result | ( input_23 & {5{sel[23]}});
    result = result | ( input_24 & {5{sel[24]}});
    result = result | ( input_25 & {5{sel[25]}});
    result = result | ( input_26 & {5{sel[26]}});
    result = result | ( input_27 & {5{sel[27]}});
    result = result | ( input_28 & {5{sel[28]}});
    result = result | ( input_29 & {5{sel[29]}});
    MUX1HOT_v_5_30_2 = result;
  end
  endfunction


  function automatic [15:0] MUX_v_16_2_2;
    input [15:0] input_0;
    input [15:0] input_1;
    input [0:0] sel;
    reg [15:0] result;
  begin
    case (sel)
      1'b0 : begin
        result = input_0;
      end
      default : begin
        result = input_1;
      end
    endcase
    MUX_v_16_2_2 = result;
  end
  endfunction


  function automatic [29:0] MUX_v_30_2_2;
    input [29:0] input_0;
    input [29:0] input_1;
    input [0:0] sel;
    reg [29:0] result;
  begin
    case (sel)
      1'b0 : begin
        result = input_0;
      end
      default : begin
        result = input_1;
      end
    endcase
    MUX_v_30_2_2 = result;
  end
  endfunction


  function automatic [4:0] MUX_v_5_2_2;
    input [4:0] input_0;
    input [4:0] input_1;
    input [0:0] sel;
    reg [4:0] result;
  begin
    case (sel)
      1'b0 : begin
        result = input_0;
      end
      default : begin
        result = input_1;
      end
    endcase
    MUX_v_5_2_2 = result;
  end
  endfunction


  function automatic [15:0] readslicef_30_16_14;
    input [29:0] vector;
    reg [29:0] tmp;
  begin
    tmp = vector >> 14;
    readslicef_30_16_14 = tmp[15:0];
  end
  endfunction

endmodule

// ------------------------------------------------------------------
//  Design Unit:    fir
// ------------------------------------------------------------------


module fir (
  clk, rst, coeffs_rsc_radr, coeffs_rsc_q, coeffs_rsc_triosy_lz, in1_rsc_dat, in1_rsc_triosy_lz,
      out1_rsc_dat, out1_rsc_triosy_lz
);
  input clk;
  input rst;
  output [4:0] coeffs_rsc_radr;
  input [15:0] coeffs_rsc_q;
  output coeffs_rsc_triosy_lz;
  input [15:0] in1_rsc_dat;
  output in1_rsc_triosy_lz;
  output [15:0] out1_rsc_dat;
  output out1_rsc_triosy_lz;


  // Interconnect Declarations
  wire [4:0] coeffs_rsci_radr_d;
  wire [15:0] coeffs_rsci_q_d;
  wire coeffs_rsci_rport_r_ram_ir_internal_RMASK_B_d;


  // Interconnect Declarations for Component Instantiations 
  fir_Altera_DIST_DIST_1R1W_RBW_rport_1_16_5_32_32_16_gen coeffs_rsci (
      .q(coeffs_rsc_q),
      .radr(coeffs_rsc_radr),
      .radr_d(coeffs_rsci_radr_d),
      .q_d(coeffs_rsci_q_d),
      .rport_r_ram_ir_internal_RMASK_B_d(coeffs_rsci_rport_r_ram_ir_internal_RMASK_B_d)
    );
  fir_core fir_core_inst (
      .clk(clk),
      .rst(rst),
      .coeffs_rsc_triosy_lz(coeffs_rsc_triosy_lz),
      .in1_rsc_dat(in1_rsc_dat),
      .in1_rsc_triosy_lz(in1_rsc_triosy_lz),
      .out1_rsc_dat(out1_rsc_dat),
      .out1_rsc_triosy_lz(out1_rsc_triosy_lz),
      .coeffs_rsci_radr_d(coeffs_rsci_radr_d),
      .coeffs_rsci_q_d(coeffs_rsci_q_d),
      .coeffs_rsci_rport_r_ram_ir_internal_RMASK_B_d(coeffs_rsci_rport_r_ram_ir_internal_RMASK_B_d)
    );
endmodule